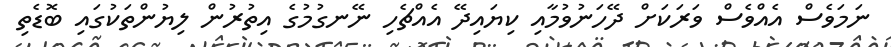
ނަމަވެސް އެއްވެސް ވަރަކަށް ދޭހަނުވުމާއި ކިޔައިދޭ އެއްޗެހި ނޭނގުމުގެ އިތުރުން ލިޔުންތަކުގައި ބޮޑެތި